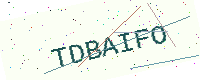
Text: TDBAIFO